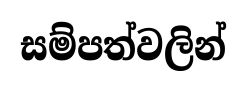
සම්පත්වලින්